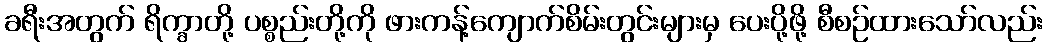
ခရီးအတွက် ရိက္ခာတို့ ပစ္စည်းတို့ကို ဖားကန့်ကျောက်စိမ်းတွင်းများမှ ပေးပို့ဖို့ စီစဉ်ထားသော်လည်း